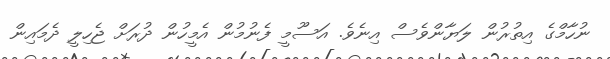
ނުހާމްގެ އިތުރުން ލަޔާންވެސް އިނެވެ. އަސޫމީ ފެނުމުން އެމީހުން ދުރަށް ޖެހިލީ ދެމައިން